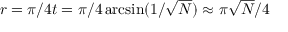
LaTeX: r = \pi / 4 t = \pi / 4 \arcsin ( 1 / { \sqrt { N } } ) \approx \pi { \sqrt { N } } / 4